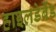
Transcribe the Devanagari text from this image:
हाइलडेब्रैंड